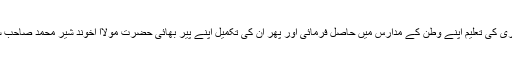
علوم ظاہری کی تعلیم اپنے وطن کے مدارس میں حاصل فرمائی اور پھر ان کی تکمیل اپنے پیر بھائی حضرت مولاا اخوند شیر محمد صاحبؒ سے کی ۔